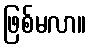
ဖြစ်မလာ။